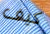
كيف